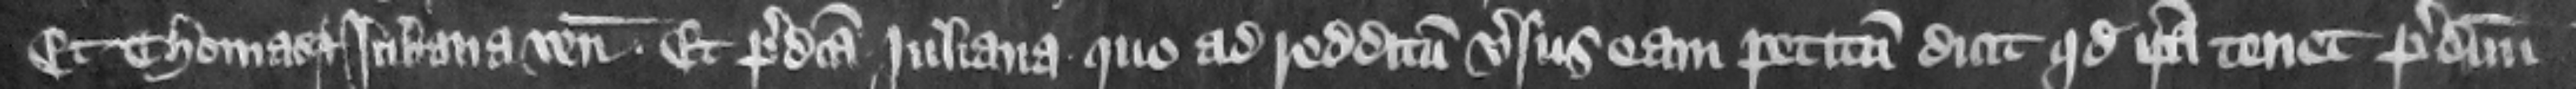
Et Thomas et Iuliana veniunt. Et predicta Juliana quo ad redditum versus cam petitum dicit quod ipsa tenet predictum